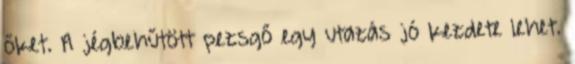
őket. A jégbehűtött pezsgő egy utazás jó kezdete lehet.